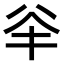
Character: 𠔎